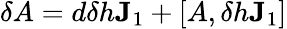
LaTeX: \delta A=d\delta h\mathbf{J}_{1}+\left[A,\delta h\mathbf{J}_{1}\right]